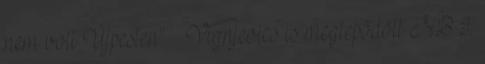
nem volt Újpesten” – Vignjevics is meglepődött NB I: